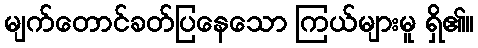
မျက်တောင်ခတ်ပြနေသော ကြယ်များမူ ရှိ၏။